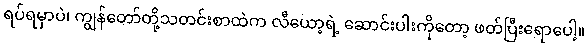
ရပ်ရမှာပဲ၊ ကျွန်တော်တို့သတင်းစာထဲက လီယော့ရဲ့ ဆောင်းပါးကိုတော့ ဖတ်ပြီးရောပေါ့။